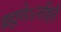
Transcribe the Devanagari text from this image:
ब्रह्मणोऽन्तहिर्तं